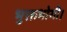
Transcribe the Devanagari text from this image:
भुक्तभोगी।